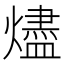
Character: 燼